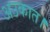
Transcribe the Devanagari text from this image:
अउकात।